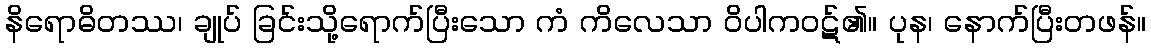
နိရောဓိတဿ၊ ချုပ် ခြင်းသို့ရောက်ပြီးသော ကံ ကိလေသာ ဝိပါကဝဋ်၏။ ပုန၊ နောက်ပြီးတဖန်။